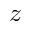
z